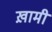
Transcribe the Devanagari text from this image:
ख़ामी